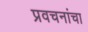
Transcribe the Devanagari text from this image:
प्रवचनांचा